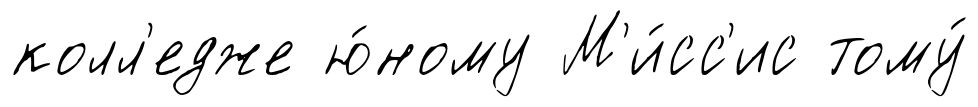
колл'едже ю́ному М'и́сс'ис тому́